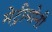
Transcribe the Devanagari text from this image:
मेट्रीमोनी